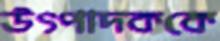
উৎপাদককে